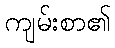
ကျမ်းစာ၏